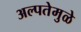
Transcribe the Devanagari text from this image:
अल्पतेमुळे